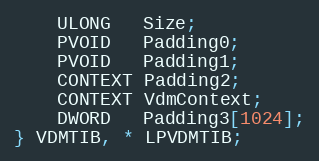
Language: C
	ULONG   Size;
	PVOID   Padding0;
	PVOID   Padding1;
	CONTEXT Padding2;
	CONTEXT VdmContext;
	DWORD   Padding3[1024];
} VDMTIB, * LPVDMTIB;